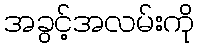
အခွင့်အလမ်းကို